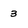
Character: 3